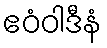
ဧဝံဝါဒီနံ